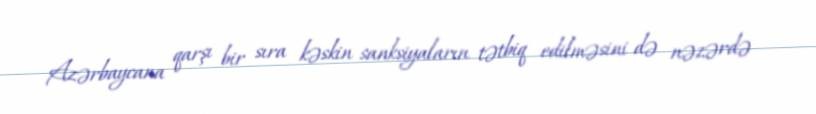
Azərbaycana qarşı bir sıra kəskin sanksiyaların tətbiq edilməsini də nəzərdə